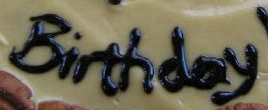
Birthday